Account of plague administration in the Bombay Presidency from September 1896 till May 1897
Year: 1896
Disease focus: Plague
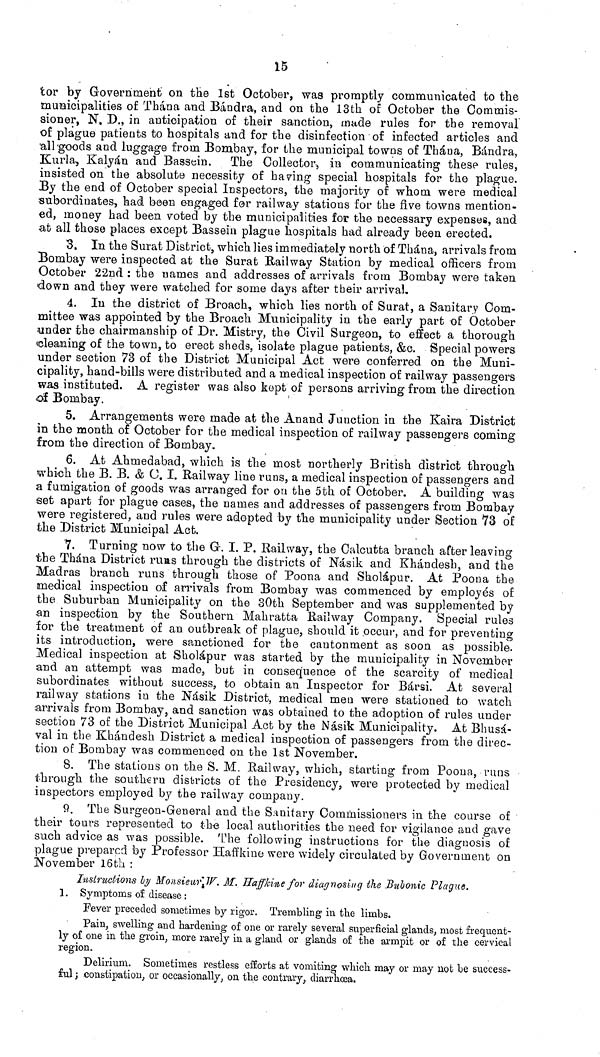
15
tor by Government on the 1st October, was promptly communicated to the
municipalities of Thána and Bándra, and on the 13th of October the Commis-
sioner, N. D., in anticipation of their sanction, made rules for the removal
of plague patients to hospitals and for the disinfection of infected articles and
all-goods and luggage from Bombay, for the municipal towns of Thána, Bándra,
Kurla, Kalyán and Bassein. The Collector, in communicating these rules,
insisted on the absolute necessity of having special hospitals for the plague.
By the end of October special Inspectors, the majority of whom were medical
subordinates, had been engaged for railway stations for the five towns mention-
ed, money had been voted by the municipalities for the necessary expenses, and
at all those places except Bassein plague hospitals had already been erected.
B. In the Surat District, which lies immediately north of Thána, arrivals from
Bombay were inspected at the Surat Railway Station by medical officers from
October 22nd : the names and addresses of arrivals from Bombay were taken
down and they were watched for some days after their arrival,
4. In the district of Broach, which lies north of Surat, a Sanitary Com-
mittee was appointed by the Broach Municipality in the early part of October
under the chairmanship of Dr. Mistry, the Civil Surgeon, to effect a thorough
cleaning of the town, to erect sheds, isolate plague patients, &c. Special powers
under section 73 of the District Municipal Act were conferred on the Muni-
cipality, hand-bills were distributed and a medical inspection of railway passengers
was instituted. A register was also kept of persons arriving from the direction
of Bombay.
5. Arrangements were made at the Anand Junction in the Kaira District
in the month of October for the medical inspection of railway passengers coming
from the direction of Bombay,
6. At Ahmedabad, which is the most northerly British district through
which the B. B. & C. I. Railway line runs, a medical inspection of passengers and
a fumigation of goods was arranged for on the 5th of October. A building was
set apart for plague cases, the names and addresses of passengers from Bombay
were registered, and rules were adopted by the municipality under Section 73 of
the District Municipal Act.
7. Turning now to the G. I. P. Railway, the Calcutta branch after leaving
the Thána District ruas through the districts of Násik and Khándesh, and the
Madras branch runs through those of Poona and Sholápur. At Poona the
medical inspection of arrivals from Bombay was commenced by employes of
the Suburban Municipality on the 30th September and was supplemented by
an inspection by the Southern Mahratta Railway Company. Special rules
for the treatment of an outbreak of plague, should it occur, and for preventing
its introduction, were sanctioned for the cantonment as soon as possible.
Medical inspection at Sholápur was started by the municipality in November
and an attempt was made, but in consequence of the scarcity of medical
subordinates without success, to obtain an Inspector for Bársi. At several
railway stations in the Násik District, medical men were stationed to watch
arrivals from Bombay, and sanction was obtained to the adoption of rules under
section 73 of the District Municipal Act by the Násik Municipality. At Bhusá-
val in the Khándesh District a medical inspection of passengers from the direc-
tion of Bombay was commenced on the 1st November.
8. The stations on the S. M. Railway, which, starting from Poona, runs
through the southern districts of the Presidency, were protected by medical
inspectors employed by the railway company.
9. The Surgeon-General and the Sanitary Commissioners in the course of
their tours represented to the local authorities the need for vigilance and gave
such advice as was possible. The following instructions for the diagnosis of
plague prepared by Professor Haffkine were widely circulated by Government on
November 16th :
Instructions by Monsieur IV. M. Haffkine for diagnosing the Bubonic Plague.
1. Symptoms of disease :
Fever preceded sometimes by rigor. Trembling in the limbs.
Pain, swelling and hardening of one or rarely several superficial glands, most frequent-
ly of one in the groin, more rarely in a gland or glands of the armpit or of the cervical
region.
Delirium. Sometimes restless efforts at vomiting which may or may not be success-
ful ; -constipation, or occasionally, on the contrary, diarrhœa.